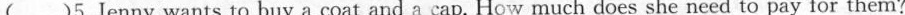
()5.Jenny wants to buy a coat and a cap.How much does she need to pay for them?